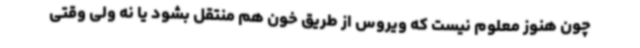
چون هنوز معلوم نیست که ویروس از طریق خون هم منتقل بشود یا نه ولی وقتی